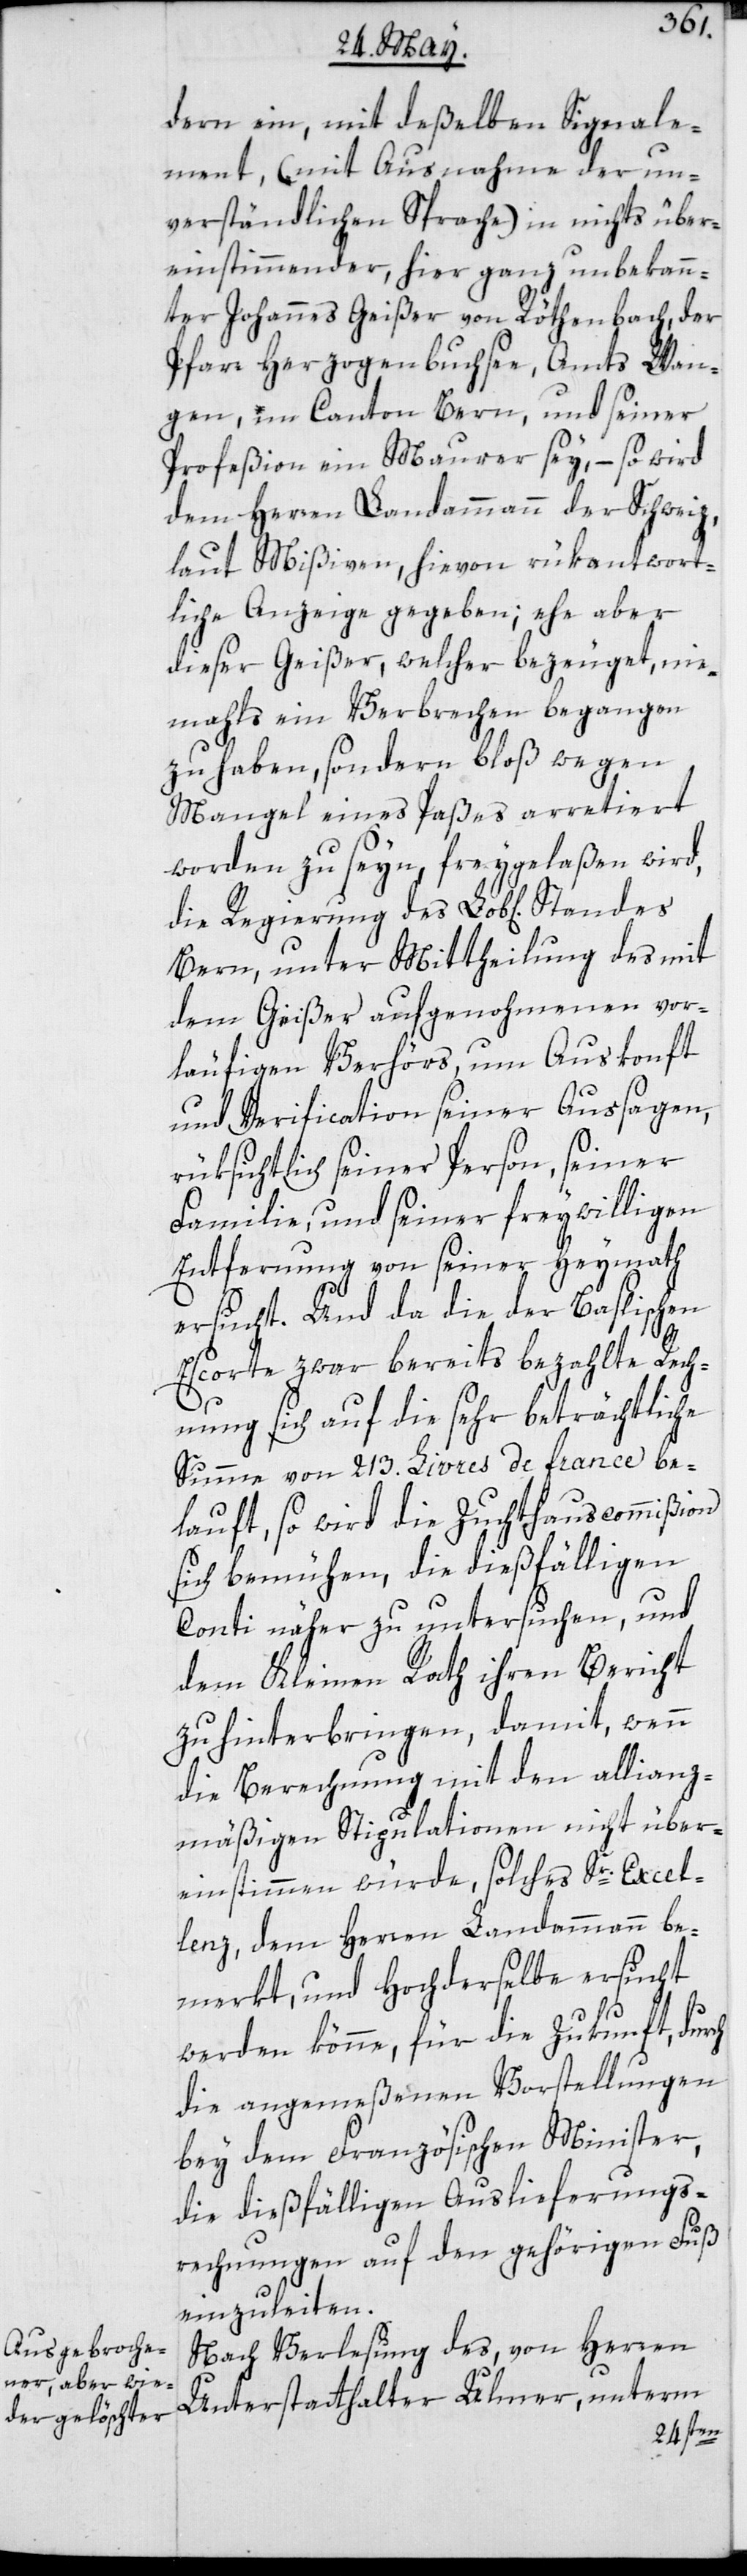
dern ein, mit deßelben Signale¬
ment (mit Ausnahme der un¬
verständlichen Sprache) in nichts über¬
einstimmender, hier ganz unbekann¬
ter Johannes Geißer von Röthenbach, der
Pfarr Herzogenbuchsee, Amts Wan¬
gen im Canton Bern, und seiner
Profeßion ein Maurer sey, – so wird
dem Herren Landammann der Schweiz,
laut Mißiven, hievon rükantwort¬
liche Anzeige gegeben, ehe aber
dieser Geißer, welcher bezeuget, nie¬
mahls ein Verbrechen begangen
zu haben, sondern bloß wegen
Mangel eines Paßes arretiert
worden zu seyn, freygelaßen wird,
die Regierung des Lob[lichen]
Bern, unter Mittheilung des mit
dem Geißer aufgenohmenen vor¬
läufigen Verhörs um Auskonft
und Verification seiner Aussagen,
rüksichtlich seiner Person, seiner
Familie, und seiner freywilligen
Entfernung von seiner Heymath
ersucht. Und da die der Baslischen
Escorte zwar bereits bezahlte Rech¬
nung sich auf die sehr beträchtliche
Summe von 213. Livres de france be¬
lauft, so wird die Zuchthauscommißion
sich bemühen, die dießfälligen
Conti näher zu untersuchen, und
dem Kleinen Rath ihren Bericht
zu hinterbringen, damit wenn
die Berechnung mit den allianz¬
mäßigen Stipulationen nicht über¬
einstimmen würde, solches Sr. Excel¬
lenz dem Herren Landammann be¬
merkt, und Hochderselbe ersucht
werden könne, für die Zukunft durch
die angemeßenen Vorstellungen
bey dem Französischen Minister,
die dießfälligen Auslieferungs¬
rechnungen auf den gehörigen Fuß
einzuleiten.
Nach Verlesung des von Herren
Unterstatthalter Ulmer, unterm